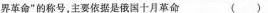
畀革命”的称号，主要依据是俄国十月革命)